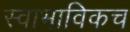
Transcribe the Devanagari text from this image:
स्‍वाभाविकच